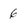
Character: 6